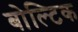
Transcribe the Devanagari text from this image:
बोल्टिक